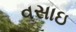
વસાઇ